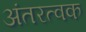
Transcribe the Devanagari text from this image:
अंतरत्वक